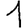
Digit: 1